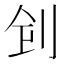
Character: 𠛲